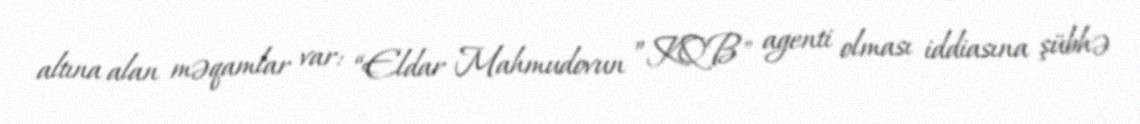
altına alan məqamlar var: “Eldar Mahmudovun ”KQB" agenti olması iddiasına şübhə